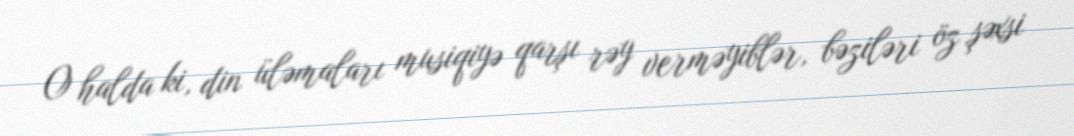
O halda ki, din üləmaları musiqiyə qarşı rəy verməyiblər, bəziləri öz şəxsi